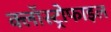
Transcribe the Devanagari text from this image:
क्लॉस्ट्रोफाइल